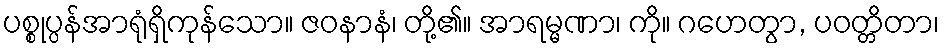
ပစ္စုပ္ပန်အာရုံရှိကုန်သော။ ဇဝနာနံ၊ တို့၏။ အာရမ္မဏာ၊ ကို။ ဂဟေတွာ, ပဝတ္တိတာ၊